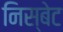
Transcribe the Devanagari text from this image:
निस्बेट